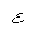
Letter: _ayn